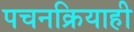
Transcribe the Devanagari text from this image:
पचनक्रियाही